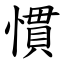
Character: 慣